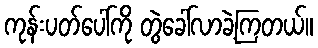
ကုန်းပတ်ပေါ်ကို တွဲခေါ်လာခဲ့ကြတယ်။